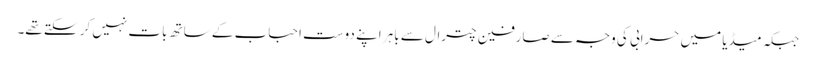
جبکہ میڈیا میں حرابی کی وجہ سے صارفین چترال سے باہر اپنے دوست احباب کے ساتھ بات نہیں کر سکتے تھے۔